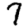
Digit: 7